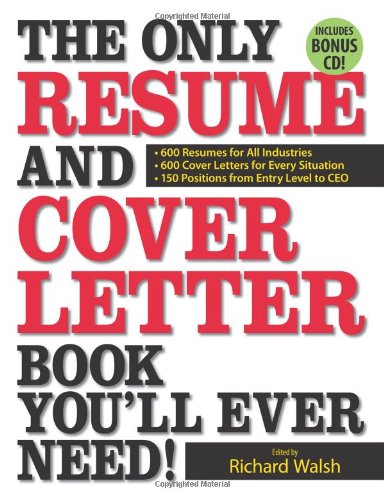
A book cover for The Only Resume and Cover Letter Book You'll Ever Need!: 600 Resumes for All Industries 600 Cover Letters for Every Situation 150 Positions from Entry Level to CEO; Business & Money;